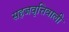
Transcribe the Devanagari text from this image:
सहजवृत्तिवाली